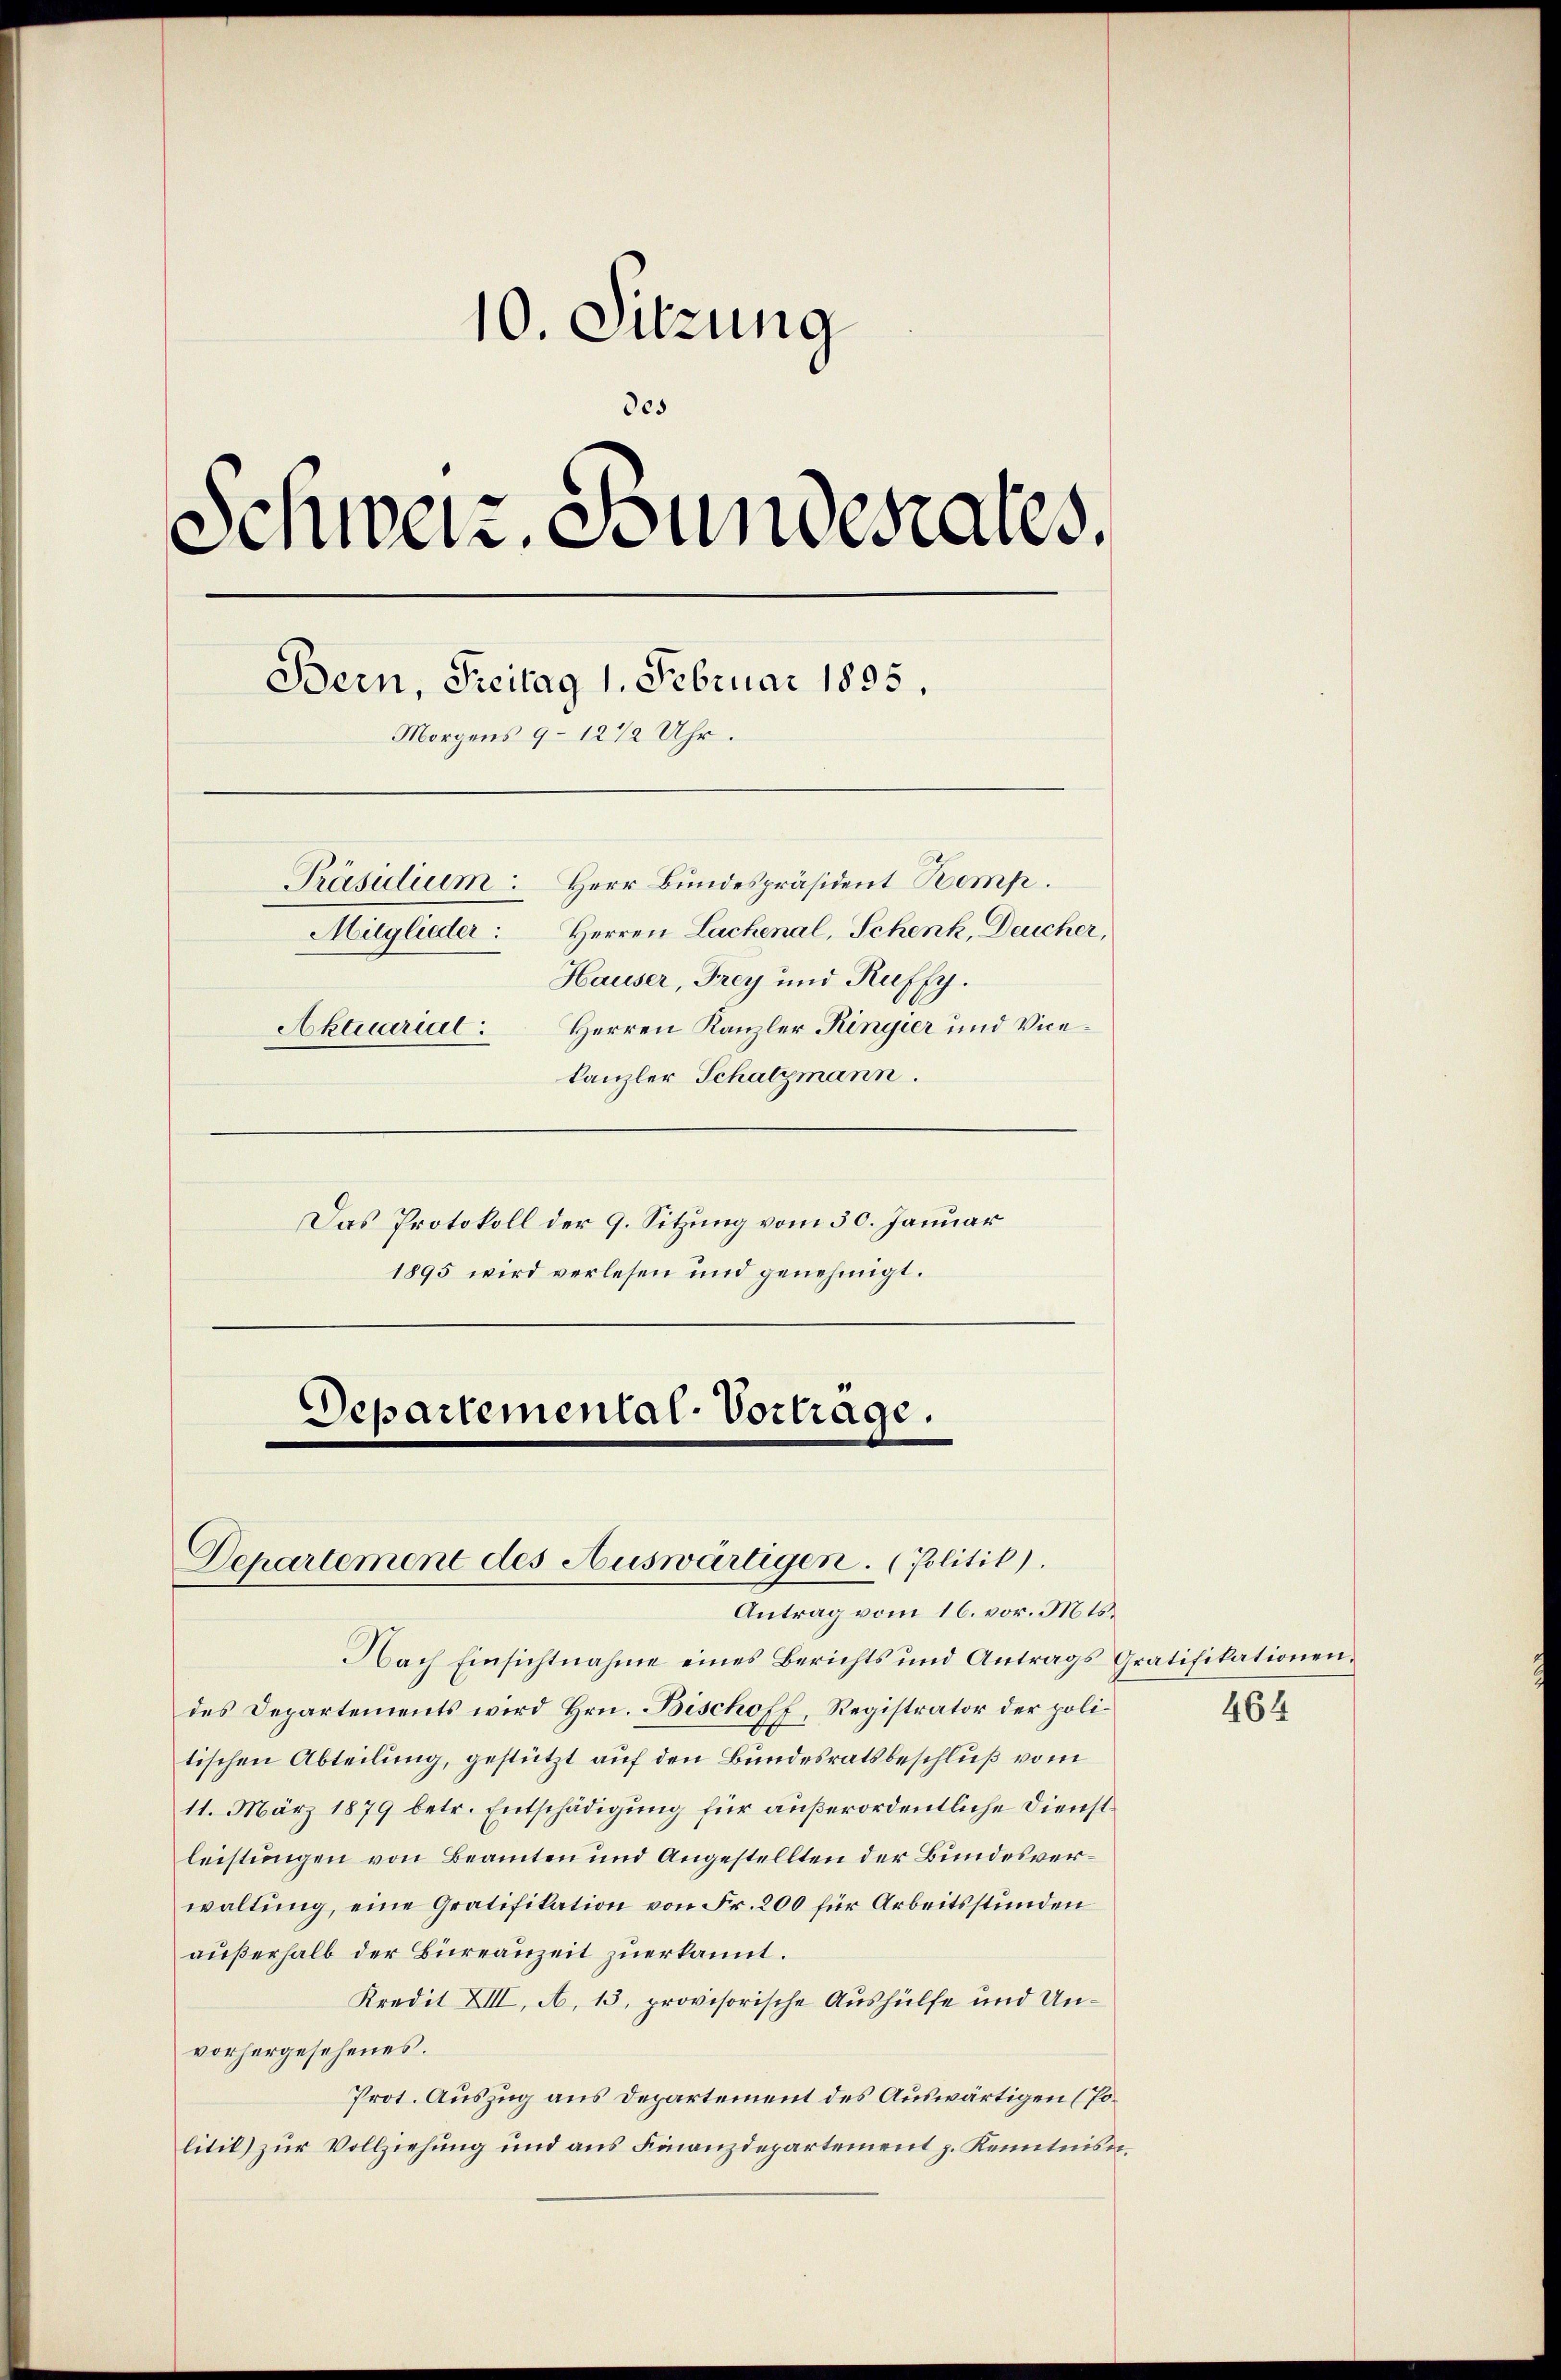
10. Sitzung
des
Schweiz. Bundesrates.
Bern, Freitag 1. Februar 1895.
Morgens 9–12 1/2 Uhr.
Präsidium: Herr Bundespräsident Bemp.
Herren Lachenal, Schenk, Deucher,
Mitglieder:
Hauser, Frey und Ruffy.
Herren Kanzler Ringier und Vice¬
Aktuarial:
kanzler Schatzmann.
Das Protokoll der 9. Sitzung vom 30. Januar
1895 wird verlesen und genehmigt.

Departemental-Vortrage.
Departement des Auswärtigen. (Politik).
Antrag vom 16. vor. Mts.

Nach Einsichtnahme eines Berichts und Antrags Gratifikationen.
des Departements wird Hrn. Bischoff, Registrator der politischen Abteilung, gestützt auf den Bundesratsbeschluß vom
11. März 1879 betr. Entschädigung für außerordentliche Dienstleistungen von Beamten und Angestellten der Bundesverwaltung, eine Gratifikation von Fr. 200 für Arbeitsstunden
außerhalb der Bureauzeit zuerkannt.
Kredit XIII, A. 13. provisorische Aushülfe und Unvorhergesehenes.
Prot. Auszug aus Departement des Auswärtigen (Politit) zur Vollziehung und aus Finanzdepartement z. Kenntnis¬

464